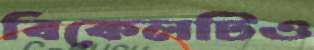
বিকেলটিও